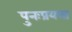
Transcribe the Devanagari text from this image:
पुनःप्रयत्न